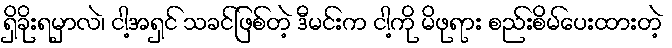
ရှိခိုးရမှာလဲ၊ ငါ့အရှင် သခင်ဖြစ်တဲ့ ဒီမင်းက ငါ့ကို မိဖုရား စည်းစိမ်ပေးထားတဲ့